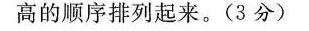
高的顺序排列起来。(3分)